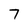
Character: 7